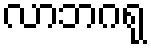
လာဘဂရု